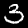
Digit: 3